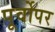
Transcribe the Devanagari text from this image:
पूर्वोपर